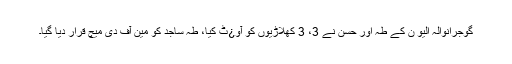
گوجرانوالہ الیو ن کے طہ اور حسن نے 3، 3 کھلاڑیوں کو آو¿ٹ کیا، طہ ساجد کو مین آف دی میچ قرار دیا گیا۔